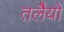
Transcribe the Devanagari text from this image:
तलेैयों